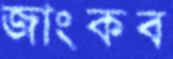
জাংকব